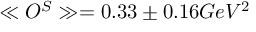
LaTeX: \ll O ^ { S } \gg = 0 . 3 3 \pm 0 . 1 6 G e V ^ { 2 }